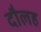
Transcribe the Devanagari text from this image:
दौलह